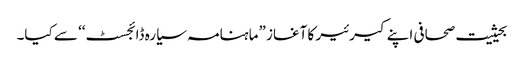
بحیثیت صحافی اپنے کیرئیر کا آغاز ”ماہنامہ سیارہ ڈائجسٹ‘‘ سے کیا۔